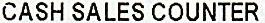
CASH SALES COUNTER